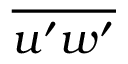
\overline { { u ^ { \prime } w ^ { \prime } } }